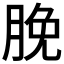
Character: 脕